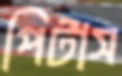
পিটাস